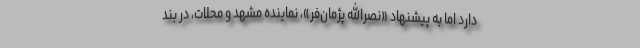
دارد اما به پیشنهاد «نصرالله پژمان‌فر»، نماینده مشهد و محلات، در بند